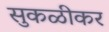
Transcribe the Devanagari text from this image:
सुकळीकर